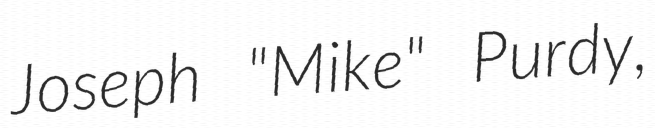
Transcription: Joseph "Mike" Purdy,